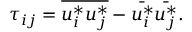
\tau _ { i j } = \overline { { u _ { i } ^ { * } u _ { j } ^ { * } } } - \bar { u _ { i } ^ { * } } \bar { u _ { j } ^ { * } } .